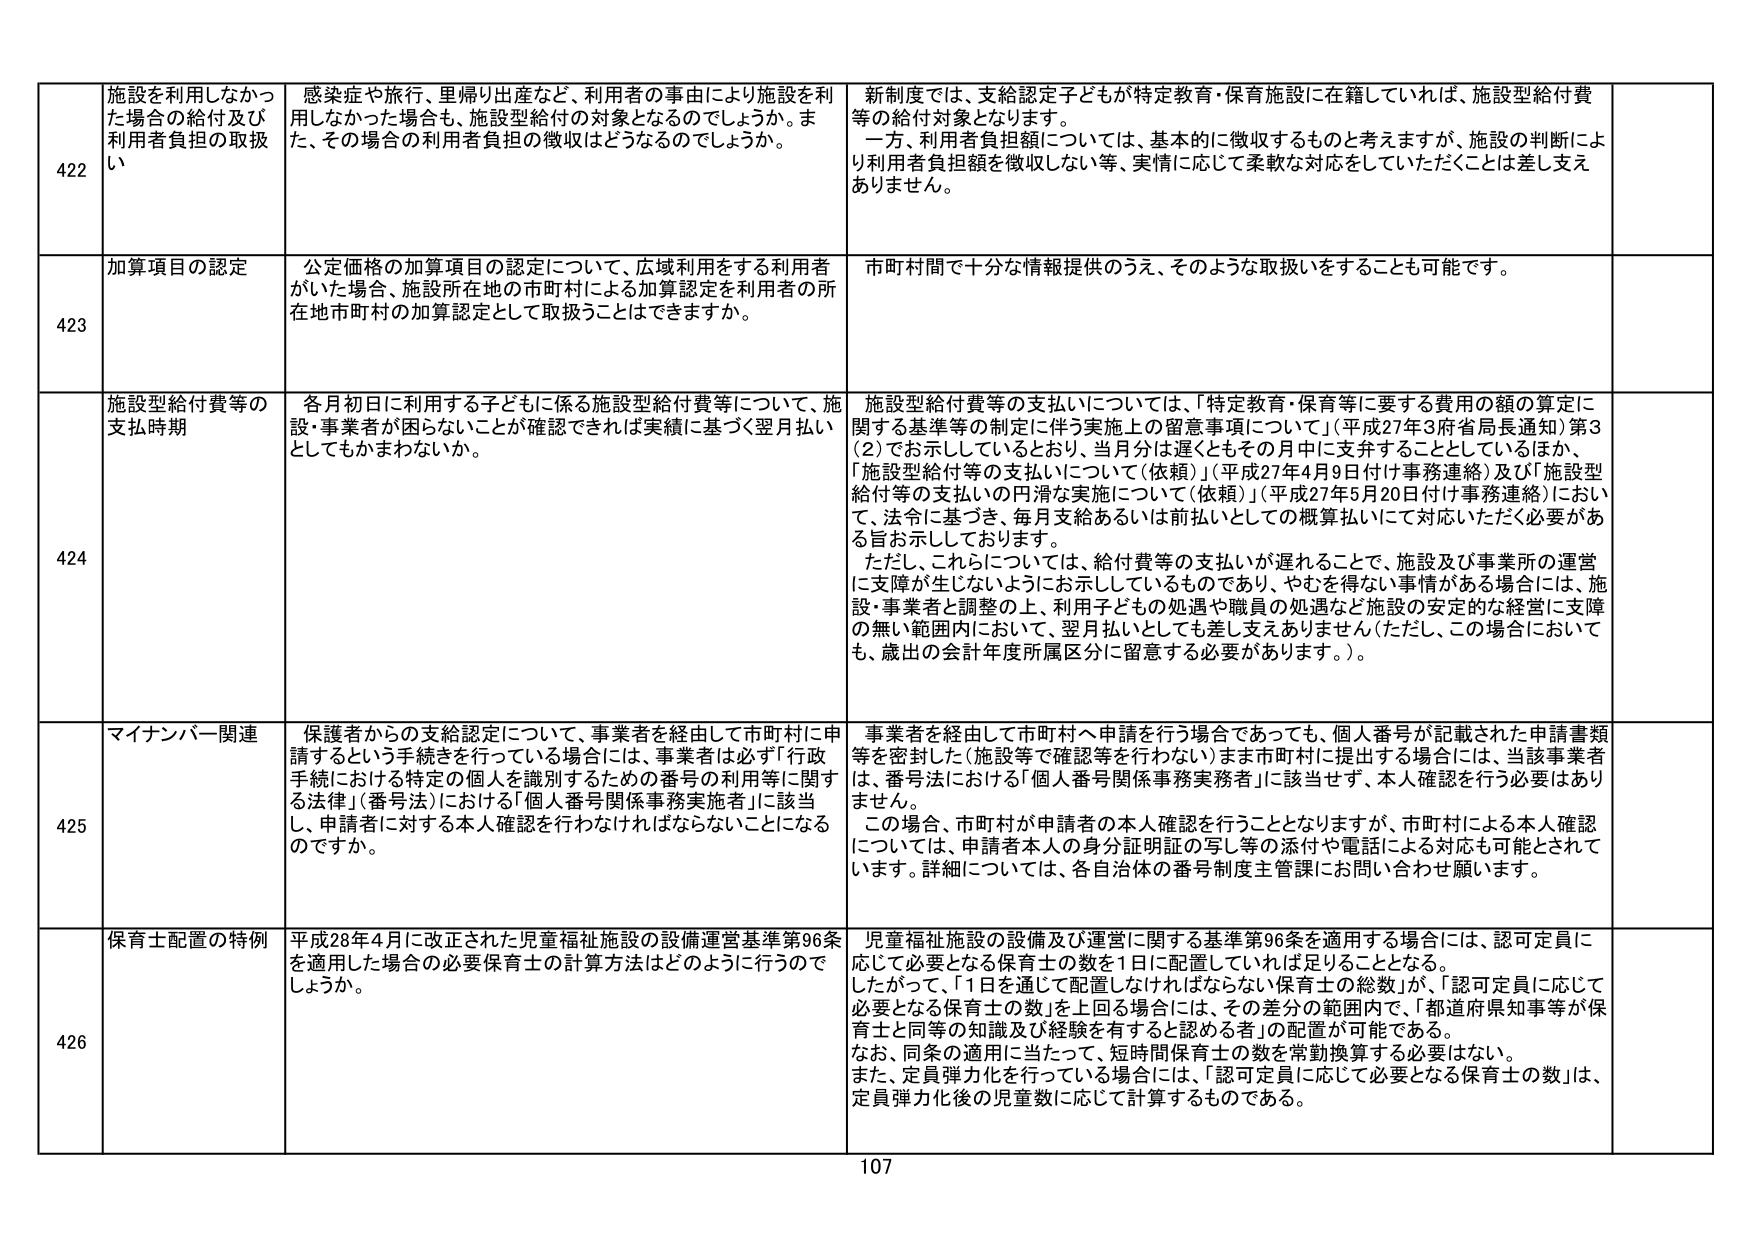
422 施設を利用しなかった場合の給付及び利用者負担の取扱い
感染症や旅行、里帰り出産など、利用者の事由により施設を利用しなかった場合も、施設型給付の対象となるのでしょうか。また、その場合の利用者負担の徴収はどうなるのでしょうか。
新制度では、支給認定子どもが特定教育・保育施設に在籍していれば、施設型給付費等の給付対象となります。
一方、利用者負担額については、基本的に徴収するものと考えますが、施設の判断により利用者負担額を徴収しない等、実情に応じて柔軟な対応をしていただくことは差し支えありません。

423 加算項目の認定
公定価格の加算項目の認定について、広域利用をする利用者がいた場合、施設所在地の市町村による加算認定を利用者の所在地市町村の加算認定として取扱うことはできますか。
市町村間で十分な情報提供のうえ、そのような取扱いをすることも可能です。

424 施設型給付費等の支払時期
各月初日に利用する子どもに係る施設型給付費等について、施設・事業者が困らないことが確認できれば実績に基づく翌月払いとしてもかまわないか。
施設型給付費等の支払いについては、「特定教育・保育等に要する費用の額の算定に関する基準等の制定に伴う実施上の留意事項について」（平成27年3府省局長通知）第3（2）でお示ししているとおり、当月分は遅くともその月中に支弁することとしているほか、「施設型給付等の支払いについて（依頼）」（平成27年4月9日付け事務連絡）及び「施設型給付等の支払いの円滑な実施について（依頼）」（平成27年5月20日付け事務連絡）において、法令に基づき、毎月支給あるいは前払いとしての概算払いにて対応いただく必要がある旨お示ししております。
ただし、これらについては、給付費等の支払いが遅れることで、施設及び事業所の運営に支障が生じないようにお示ししているものであり、やむを得ない事情がある場合には、施設・事業者と調整の上、利用子どもの処遇や職員の処遇など施設の安定的な経営に支障の無い範囲内において、翌月払いとしても差し支えありません（ただし、この場合においても、歳出の会計年度所属区分に留意する必要があります。）。

425 マイナンバー関連
保護者からの支給認定について、事業者を経由して市町村に申請するという手続きを行っている場合には、事業者は必ず「行政手続における特定の個人を識別するための番号の利用等に関する法律」（番号法）における「個人番号関係事務実施者」に該当し、申請者に対する本人確認を行わなければならないことになるのですか。
事業者を経由して市町村へ申請を行う場合であっても、個人番号が記載された申請書類等を密封した（施設等で確認等を行わない）まま市町村に提出する場合には、当該事業者は、番号法における「個人番号関係事務実施者」に該当せず、本人確認を行う必要はありません。
この場合、市町村が申請者の本人確認を行うこととなりますが、市町村による本人確認については、申請者本人の身分証明証の写し等の添付や電話による対応も可能とされています。詳細については、各自治体の番号制度主管課にお問い合わせ願います。

426 保育士配置の特例
平成28年4月に改正された児童福祉施設の設備運営基準第96条を適用した場合の必要保育士の計算方法はどのように行うのでしょうか。
児童福祉施設の設備及び運営に関する基準第96条を適用する場合には、認可定員に応じて必要となる保育士の数を1日に配置していれば足りることとなる。
したがって、「1日を通じて配置しなければならない保育士の総数」が、「認可定員に応じて必要となる保育士の数」を上回る場合には、その差分の範囲内で、「都道府県知事等が保育士と同等の知識及び経験を有すると認める者」の配置が可能である。
なお、同条の適用に当たって、短時間保育士の数を常勤換算する必要はない。
また、定員弾力化を行っている場合には、「認可定員に応じて必要となる保育士の数」は、定員弾力化後の児童数に応じて計算するものである。

107